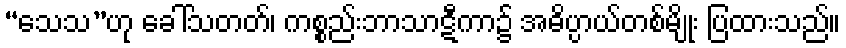
“သေသ”ဟု ခေါ်သတတ်၊ ကစ္စည်းဘာသာဋီကာ၌ အဓိပ္ပာယ်တစ်မျိုး ပြထားသည်။